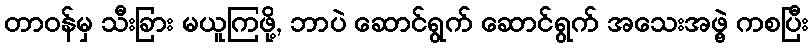
တာဝန်မှ သီးခြား မယူကြဖို့, ဘာပဲ ဆောင်ရွက် ဆောင်ရွက် အသေးအဖွဲ့ ကစပြီး